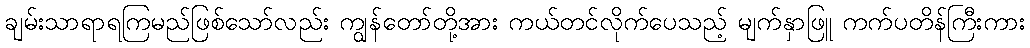
ချမ်းသာရာရကြမည်ဖြစ်သော်လည်း ကျွန်တော်တို့အား ကယ်တင်လိုက်ပေသည့် မျက်နှာဖြူ ကက်ပတိန်ကြီးကား